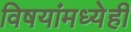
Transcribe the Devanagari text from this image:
विषयांमध्येही